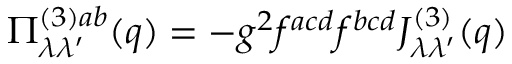
\Pi _ { \lambda \lambda ^ { \prime } } ^ { ( 3 ) a b } ( q ) = - g ^ { 2 } f ^ { a c d } f ^ { b c d } J _ { \lambda \lambda ^ { \prime } } ^ { ( 3 ) } ( q )